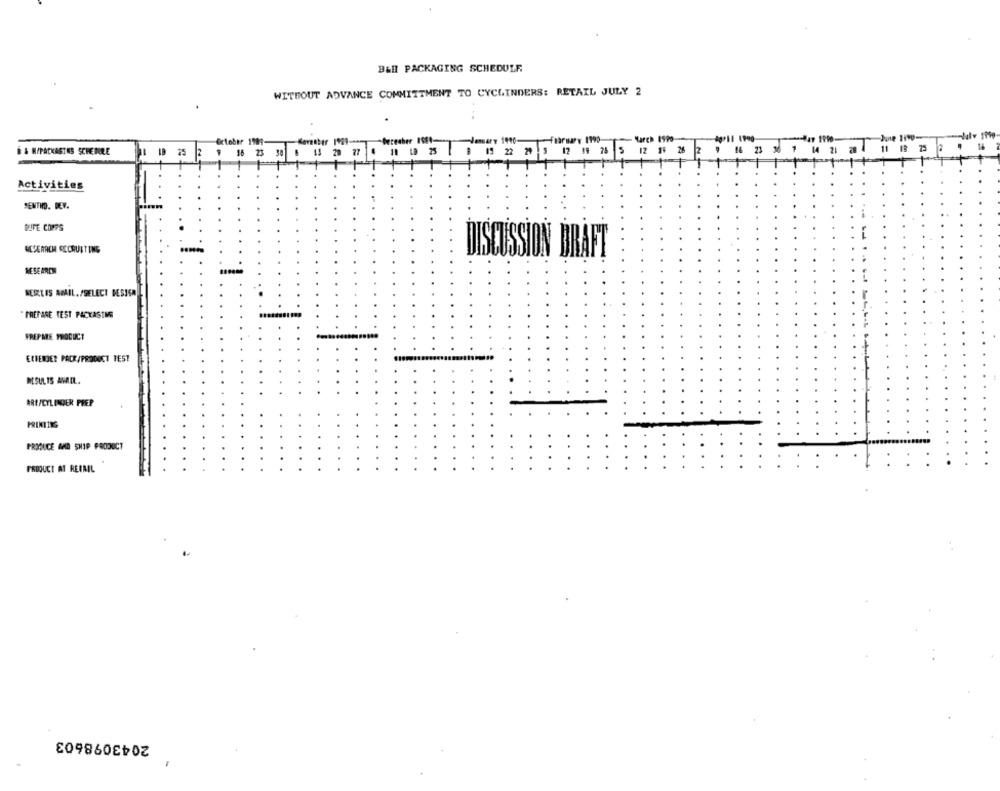
Ball PACKAGING SCHEDULE
WITHOUT ADVANCE COMMITTMENT TO CYCLINDERS: RETAIL JULY 2
October 1997-
January 1990-
-ftara 1990
June 1190
& & H/PACKASTNS SCHENRE
10
10 19 25
12 19 28 5
12 19 26
16 23
11 18
25
16 23
13 20 27
Activities
SENTIDO. DEV.
DIFE COFFS
MESEARCH RECRUITING
DISCUSSION DRAFT
RESEARCH
RESLOS AMAIL. /SELECT DESICA
" PREPARE TEST PACKASTME
FREPARE PRODUCT
RESULTS AMAIL.
ARE/CYLINGER PREP
PRODUCE AND SHIP PRODUCT
PRODUCT AT RETAIL
2043098603